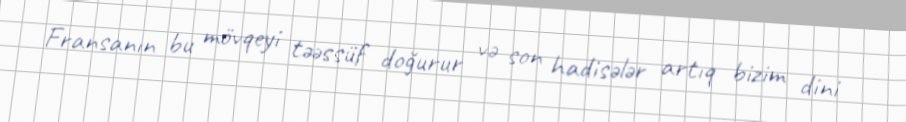
Fransanın bu mövqeyi təəssüf doğurur və son hadisələr artıq bizim dini